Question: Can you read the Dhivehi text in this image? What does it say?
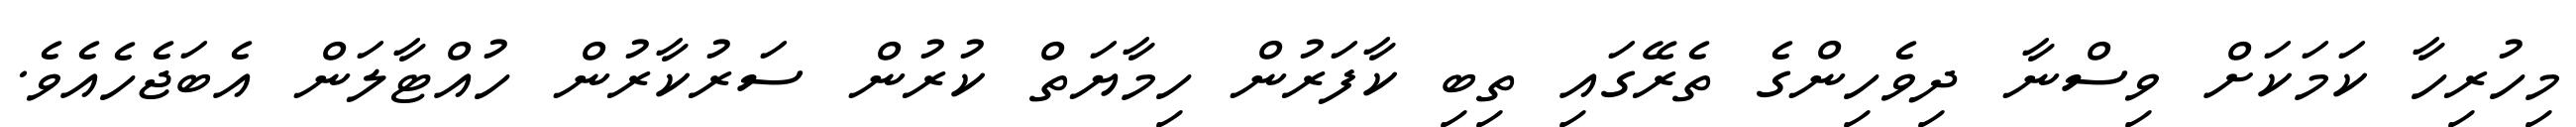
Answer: މިހުރިހާ ކަމަކަށް ވިސްނާ ދިވެހިންގެ ތެރޭގައި ތިބި ކާފަރުން ހިމާޔަތް ކުރުން ސަރުކާރުން ހުއްޓާލަން އެބަޖެހެއެވެ.